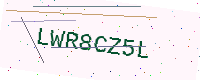
Text: LWR8CZ5L